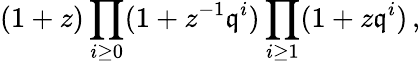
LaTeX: (1+z)\prod_{i\geq0}(1+z^{-1}\mathfrak{q}^{i})\prod_{i\geq1}(1+z\mathfrak{q}^{i})\, ,